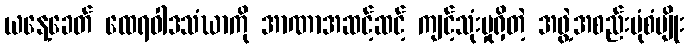
ယနေ့ခေတ် ထေရဝါဒသံဃာကို အာဏာအဆင့်ဆင့် ကျင့်သုံးမှုရှိတဲ့ အဖွဲ့အစည်းပုံစံမျိုး